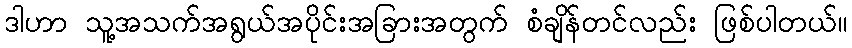
ဒါဟာ သူ့အသက်အရွယ်အပိုင်းအခြားအတွက် စံချိန်တင်လည်း ဖြစ်ပါတယ်။